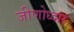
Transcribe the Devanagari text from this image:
जीणोध्दार